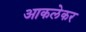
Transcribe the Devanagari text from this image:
आकलेकर